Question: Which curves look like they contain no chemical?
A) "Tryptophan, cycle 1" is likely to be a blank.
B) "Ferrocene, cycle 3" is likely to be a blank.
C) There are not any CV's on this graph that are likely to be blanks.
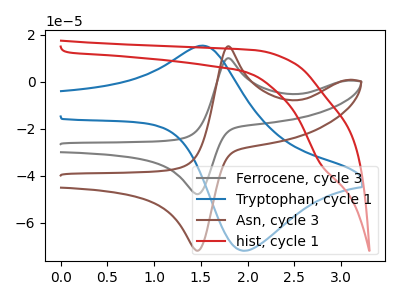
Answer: <think>The gray curve "Ferrocene, cycle 3" has an anodic peak at (1.80V, 10.10uA) and a cathodic peak at (1.45V, -47.75uA). The blue curve "Tryptophan, cycle 1" has an anodic peak at (1.50V, 15.40uA) and a cathodic peak at (1.95V, -71.90uA). The brown curve "Asn, cycle 3" has an anodic peak at (1.80V, 15.15uA) and a cathodic peak at (1.45V, -71.80uA). The red curve "hist, cycle 1" has a cathodic peak at: (2.80V, -34.90uA).</think>
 <answer>C) There are not any CV's on this graph that are likely to be blanks.</answer>
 <eval>C</eval>